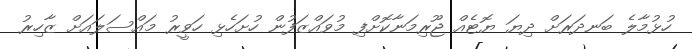
ހުޅުމާލެ ބަނދަރަށް ދިޔަ ޔޮޓެއް ޖޫރިމަނާކޮށްފި މުވައްޒަފުން ހުށަހެޅި ހަވީރު މައްސަލައަށް ޒާހިރު